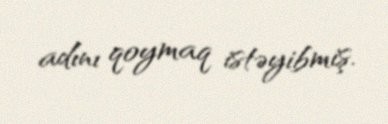
adını qoymaq istəyibmiş.